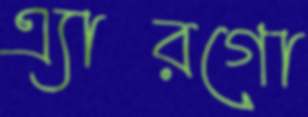
এ্যারগো